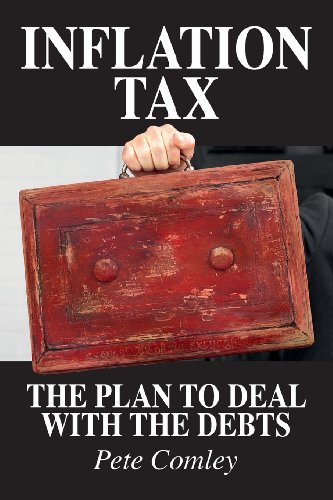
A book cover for Inflation Tax: The Plan to Deal with the Debts; Pete Comley; Business & Money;